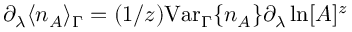
\partial _ { \lambda } \langle n _ { A } \rangle _ { \Gamma } = ( 1 / z ) \mathrm { V a r } _ { \Gamma } \{ n _ { A } \} \partial _ { \lambda } \ln [ A ] ^ { z }